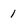
Character: 1